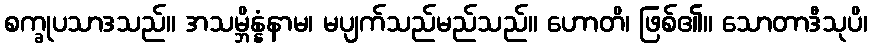
စက္ခုပသာဒသည်။ အသမ္ဘိန္နံနာမ၊ မပျက်သည်မည်သည်။ ဟောတိ၊ ဖြစ်၏။ သောတာဒီသုပိ၊